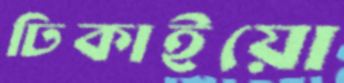
ঢিকাইয়ো